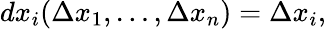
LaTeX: dx_{i}(\Delta x_{1},\dots,\Delta x_{n})=\Delta x_{i},